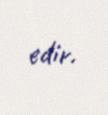
edir.